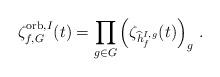
LaTeX: \begin{align*} \zeta^{{\rm orb},I}_{f,G}(t)= \prod\limits_{g\in G}\left(\zeta_{\widehat{h}_f^{I,g}}(t)\right)_g\,. \end{align*}